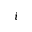
i